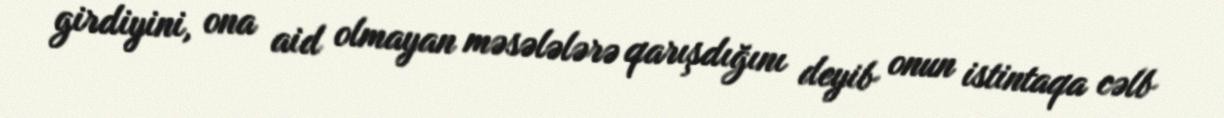
girdiyini, ona aid olmayan məsələlərə qarışdığını deyib onun istintaqa cəlb